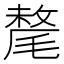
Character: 氂